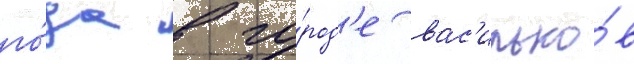
го́да в го́род'е вас'илько́в